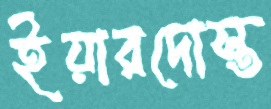
ইয়ারদোস্ত